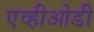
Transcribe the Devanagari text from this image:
एव्हीओडी